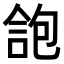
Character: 𠌑